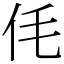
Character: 𠇔